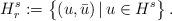
LaTeX: \begin{align*}H^s_r:=\big\{(u,\bar{u})\,|\,u\in H^s\big\}\,.\end{align*}